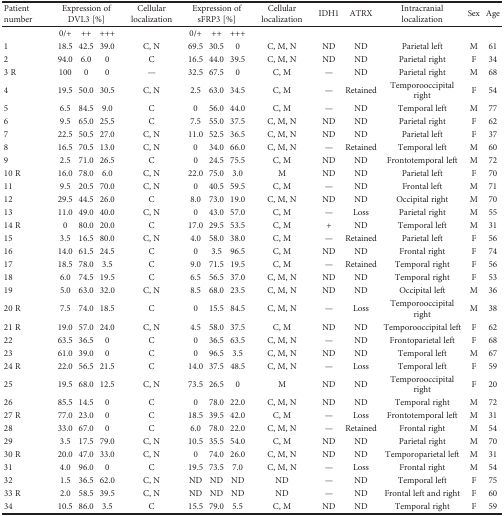
<table><thead><tr><td><b>Patient number</b></td><td colspan="3"><b>Expression of DVL3 [%]</b></td><td><b>Cellular localization</b></td><td colspan="3"><b>Expression of sFRP3 [%]</b></td><td><b>Cellular localization</b></td><td><b>IDH1</b></td><td><b>ATRX</b></td><td><b>Intracranial localization</b></td><td><b>Sex</b></td><td><b>Age</b></td></tr></thead><tbody><tr><td></td><td>0/+</td><td>++</td><td>+++</td><td></td><td>0/+</td><td>++</td><td>+++</td><td></td><td></td><td></td><td></td><td></td><td></td></tr><tr><td>1</td><td>18.5</td><td>42.5</td><td>39.0</td><td>C, N</td><td>69.5</td><td>30.5</td><td>0</td><td>C, M, N</td><td>ND</td><td>ND</td><td>Parietal left</td><td>M</td><td>61</td></tr><tr><td>2</td><td>94.0</td><td>6.0</td><td>0</td><td>C</td><td>16.5</td><td>44.0</td><td>39.5</td><td>C, M, N</td><td>ND</td><td>ND</td><td>Parietal right</td><td>F</td><td>34</td></tr><tr><td>3 R</td><td>100</td><td>0</td><td>0</td><td>—</td><td>32.5</td><td>67.5</td><td>0</td><td>C, M</td><td>—</td><td>ND</td><td>Parietal right</td><td>M</td><td>68</td></tr><tr><td>4</td><td>19.5</td><td>50.0</td><td>30.5</td><td>C, N</td><td>2.5</td><td>63.0</td><td>34.5</td><td>C, M</td><td>—</td><td>Retained</td><td>Temporooccipital right</td><td>F</td><td>54</td></tr><tr><td>5</td><td>6.5</td><td>84.5</td><td>9.0</td><td>C</td><td>0</td><td>56.0</td><td>44.0</td><td>C, M</td><td>—</td><td>ND</td><td>Temporal left</td><td>M</td><td>77</td></tr><tr><td>6</td><td>9.5</td><td>65.0</td><td>25.5</td><td>C</td><td>7.5</td><td>55.0</td><td>37.5</td><td>C, M, N</td><td>ND</td><td>ND</td><td>Parietal right</td><td>F</td><td>62</td></tr><tr><td>7</td><td>22.5</td><td>50.5</td><td>27.0</td><td>C, N</td><td>11.0</td><td>52.5</td><td>36.5</td><td>C, M, N</td><td>ND</td><td>ND</td><td>Parietal left</td><td>F</td><td>37</td></tr><tr><td>8</td><td>16.5</td><td>70.5</td><td>13.0</td><td>C, N</td><td>0</td><td>34.0</td><td>66.0</td><td>C, M, N</td><td>—</td><td>Retained</td><td>Temporal left</td><td>M</td><td>60</td></tr><tr><td>9</td><td>2.5</td><td>71.0</td><td>26.5</td><td>C</td><td>0</td><td>24.5</td><td>75.5</td><td>C, M</td><td>ND</td><td>ND</td><td>Frontotemporal left</td><td>M</td><td>72</td></tr><tr><td>10 R</td><td>16.0</td><td>78.0</td><td>6.0</td><td>C, N</td><td>22.0</td><td>75.0</td><td>3.0</td><td>M</td><td>ND</td><td>ND</td><td>Parietal left</td><td>F</td><td>70</td></tr><tr><td>11</td><td>9.5</td><td>20.5</td><td>70.0</td><td>C, N</td><td>0</td><td>40.5</td><td>59.5</td><td>C, M</td><td>—</td><td>ND</td><td>Frontal left</td><td>M</td><td>71</td></tr><tr><td>12</td><td>29.5</td><td>44.5</td><td>26.0</td><td>C</td><td>8.0</td><td>73.0</td><td>19.0</td><td>C, M, N</td><td>ND</td><td>ND</td><td>Occipital right</td><td>M</td><td>70</td></tr><tr><td>13</td><td>11.0</td><td>49.0</td><td>40.0</td><td>C, N</td><td>0</td><td>43.0</td><td>57.0</td><td>C, M</td><td>—</td><td>Loss</td><td>Parietal right</td><td>M</td><td>55</td></tr><tr><td>14 R</td><td>0</td><td>80.0</td><td>20.0</td><td>C</td><td>17.0</td><td>29.5</td><td>53.5</td><td>C, M</td><td>+</td><td>ND</td><td>Temporal left</td><td>M</td><td>31</td></tr><tr><td>15</td><td>3.5</td><td>16.5</td><td>80.0</td><td>C, N</td><td>4.0</td><td>58.0</td><td>38.0</td><td>C, M</td><td>—</td><td>Retained</td><td>Parietal left</td><td>F</td><td>56</td></tr><tr><td>16</td><td>14.0</td><td>61.5</td><td>24.5</td><td>C</td><td>0</td><td>3.5</td><td>96.5</td><td>C, M</td><td>ND</td><td>ND</td><td>Frontal right</td><td>F</td><td>74</td></tr><tr><td>17</td><td>18.5</td><td>78.0</td><td>3.5</td><td>C</td><td>9.0</td><td>71.5</td><td>19.5</td><td>C, M</td><td>—</td><td>Retained</td><td>Temporal right</td><td>F</td><td>56</td></tr><tr><td>18</td><td>6.0</td><td>74.5</td><td>19.5</td><td>C</td><td>6.5</td><td>56.5</td><td>37.0</td><td>C, M, N</td><td>ND</td><td>ND</td><td>Temporal right</td><td>F</td><td>53</td></tr><tr><td>19</td><td>5.0</td><td>63.0</td><td>32.0</td><td>C, N</td><td>8.5</td><td>68.0</td><td>23.5</td><td>C, M, N</td><td>ND</td><td>ND</td><td>Occipital left</td><td>M</td><td>36</td></tr><tr><td>20 R</td><td>7.5</td><td>74.0</td><td>18.5</td><td>C</td><td>0</td><td>15.5</td><td>84.5</td><td>C, M, N</td><td>—</td><td>Loss</td><td>Temporooccipital right</td><td>M</td><td>38</td></tr><tr><td>21 R</td><td>19.0</td><td>57.0</td><td>24.0</td><td>C, N</td><td>4.5</td><td>58.0</td><td>37.5</td><td>C, M</td><td>ND</td><td>ND</td><td>Temporooccipital left</td><td>F</td><td>62</td></tr><tr><td>22</td><td>63.5</td><td>36.5</td><td>0</td><td>C</td><td>0</td><td>36.5</td><td>63.5</td><td>C, M, N</td><td>—</td><td>ND</td><td>Frontoparietal left</td><td>F</td><td>68</td></tr><tr><td>23</td><td>61.0</td><td>39.0</td><td>0</td><td>C</td><td>0</td><td>96.5</td><td>3.5</td><td>C, M, N</td><td>ND</td><td>ND</td><td>Temporal left</td><td>M</td><td>67</td></tr><tr><td>24 R</td><td>22.0</td><td>56.5</td><td>21.5</td><td>C</td><td>14.0</td><td>37.5</td><td>48.5</td><td>C, M, N</td><td>—</td><td>Loss</td><td>Temporal left</td><td>F</td><td>59</td></tr><tr><td>25</td><td>19.5</td><td>68.0</td><td>12.5</td><td>C, N</td><td>73.5</td><td>26.5</td><td>0</td><td>M</td><td>ND</td><td>ND</td><td>Temporooccipital right</td><td>F</td><td>20</td></tr><tr><td>26</td><td>85.5</td><td>14.5</td><td>0</td><td>C</td><td>0</td><td>78.0</td><td>22.0</td><td>C, M, N</td><td>ND</td><td>ND</td><td>Temporal right</td><td>M</td><td>72</td></tr><tr><td>27 R</td><td>77.0</td><td>23.0</td><td>0</td><td>C</td><td>18.5</td><td>39.5</td><td>42.0</td><td>C, M</td><td>—</td><td>Loss</td><td>Frontotemporal left</td><td>M</td><td>31</td></tr><tr><td>28</td><td>33.0</td><td>67.0</td><td>0</td><td>C</td><td>6.0</td><td>78.0</td><td>22.0</td><td>C, M, N</td><td>—</td><td>Retained</td><td>Frontal right</td><td>M</td><td>54</td></tr><tr><td>29</td><td>3.5</td><td>17.5</td><td>79.0</td><td>C, N</td><td>10.5</td><td>35.5</td><td>54.0</td><td>C, M</td><td>ND</td><td>ND</td><td>Parietal right</td><td>M</td><td>70</td></tr><tr><td>30 R</td><td>20.0</td><td>47.0</td><td>33.0</td><td>C, N</td><td>0</td><td>74.0</td><td>26.0</td><td>C, M, N</td><td>ND</td><td>ND</td><td>Temporoparietal left</td><td>M</td><td>31</td></tr><tr><td>31</td><td>4.0</td><td>96.0</td><td>0</td><td>C</td><td>19.5</td><td>73.5</td><td>7.0</td><td>C, M, N</td><td>—</td><td>Loss</td><td>Frontal right</td><td>M</td><td>54</td></tr><tr><td>32</td><td>1.5</td><td>36.5</td><td>62.0</td><td>C, N</td><td>ND</td><td>ND</td><td>ND</td><td>ND</td><td>—</td><td>ND</td><td>Temporal left</td><td>F</td><td>75</td></tr><tr><td>33 R</td><td>2.0</td><td>58.5</td><td>39.5</td><td>C, N</td><td>ND</td><td>ND</td><td>ND</td><td>ND</td><td>—</td><td>ND</td><td>Frontal left and right</td><td>F</td><td>60</td></tr><tr><td>34</td><td>10.5</td><td>86.0</td><td>3.5</td><td>C</td><td>15.5</td><td>79.0</td><td>5.5</td><td>C, M</td><td>ND</td><td>ND</td><td>Temporal right</td><td>F</td><td>59</td></tr></tbody></table>